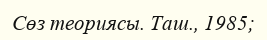
Сөз теориясы. Таш., 1985;